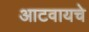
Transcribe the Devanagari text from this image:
आटवायचे